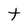
Character: t